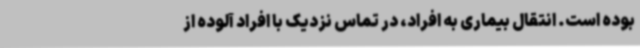
بوده است. انتقال بیماری به افراد، در تماس نزدیک با افراد آلوده از